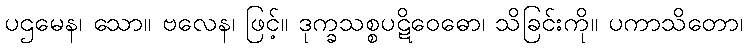
ပဌမေန၊ သော။ ဗလေန၊ ဖြင့်။ ဒုက္ခသစ္စပဋိဝေဓော၊ သိခြင်းကို။ ပကာသိတော၊